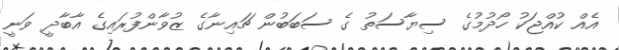
އެއް ކުއްޖަކު ހޯދުމުގެ ސިޔާސަތު ގެ ސަބަބުން ޗައިނާގެ ޒުވާންފުރައިގެ އާބާދީ ވަނީ